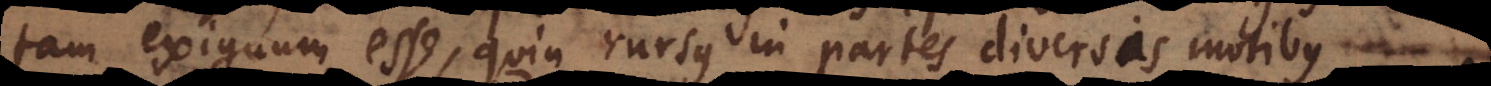
tam exiguum esse, quin rursus in partes diversas diversis